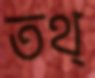
তথ্